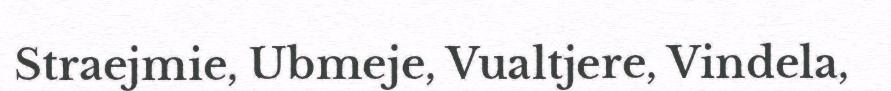
Straejmie, Ubmeje, Vualtjere, Vindela,